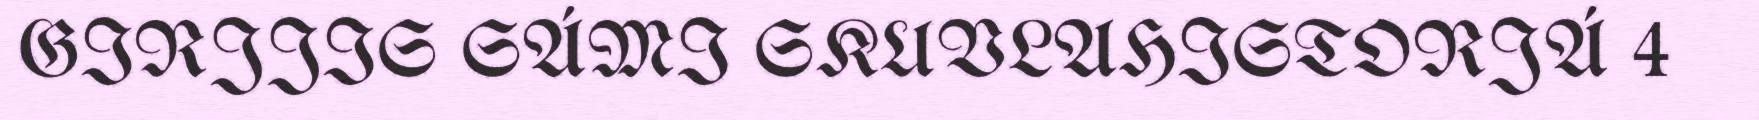
GIRJJIS SÁMI SKUVLAHISTORJÁ 4